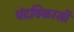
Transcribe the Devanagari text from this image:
चंद्रविकासी